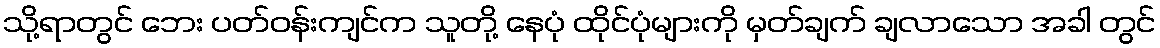
သို့ရာတွင် ဘေး ပတ်ဝန်းကျင်က သူတို့ နေပုံ ထိုင်ပုံများကို မှတ်ချက် ချလာသော အခါ တွင်